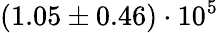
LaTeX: (1.05\pm 0.46)\cdot 10^{5}